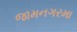
જામનગરમા